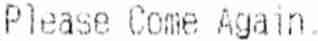
PLEASE COME AGAIN.